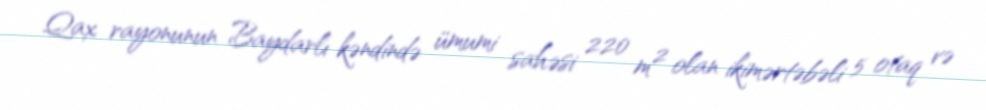
Qax rayonunun Baydarlı kəndində ümumi sahəsi 220 m² olan ikimərtəbəli 5 otaq və